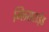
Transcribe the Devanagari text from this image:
ग्लिसराईड